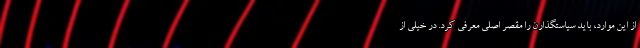
از این موارد، باید سیاستگذارن را مقصر اصلی معرفی کرد. در خیلی از